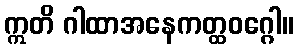
ဣတိ ဂါထာအနေကတ္ထဝဂ္ဂေါ။